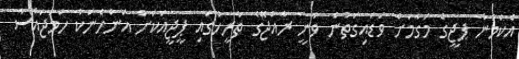
އެކަމަނާ ޕޖީގެ މަގާމަށް ވަޑައިގަތުން ވަނީ ރާއްޖޭގެ ތާރީހުގައި ޕީޖީއަކަށް އަންހެނަކު ހަމަޖައްސާ